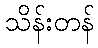
သိန်းတန်